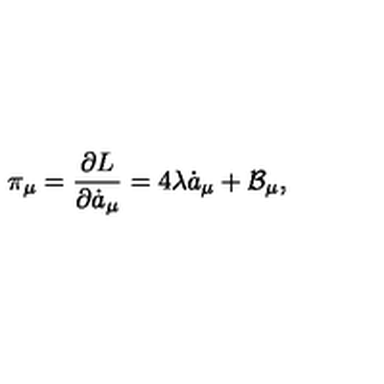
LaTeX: \pi _ { \mu } = \frac { \partial L } { \partial \dot { a } _ { \mu } } = 4 \lambda \dot { a } _ { \mu } + \mathcal { B } _ { \mu } ,